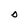
Character: O